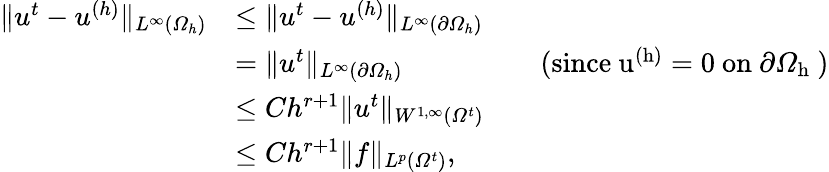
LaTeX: \begin{array}{rlrl}{\| u^{t}-u^{(h)}\| _{L^{\infty}(\varOmega_{h})}}&{\leq\| u^{t}-u^{(h)}\| _{L^{\infty}(\partial\varOmega_{h})}}\\ &{=\| u^{t}\| _{L^{\infty}(\partial\varOmega_{h})}}&&{\mathrm{(since~u^{(h)}=0~on~\partial\varOmega_h~)}}\\ &{\leq Ch^{r+1}\| u^{t}\| _{W^{1,\infty}(\varOmega^{t})}}\\ &{\leq Ch^{r+1}\| f\| _{L^{p}(\varOmega^{t})},}\end{array}